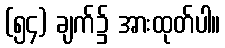
(၅၄) ချက်၌ အားထုတ်ပါ။